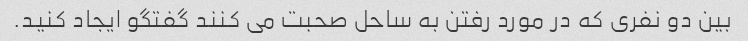
بین دو نفری که در مورد رفتن به ساحل صحبت می کنند گفتگو ایجاد کنید.